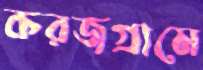
করজগ্রামে